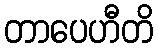
တာပေဟီတိ